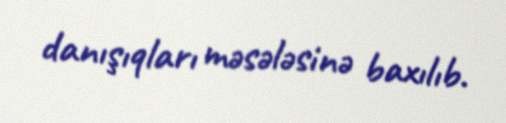
danışıqları məsələsinə baxılıb.